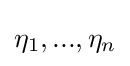
\eta _{1},...,\eta _{n}